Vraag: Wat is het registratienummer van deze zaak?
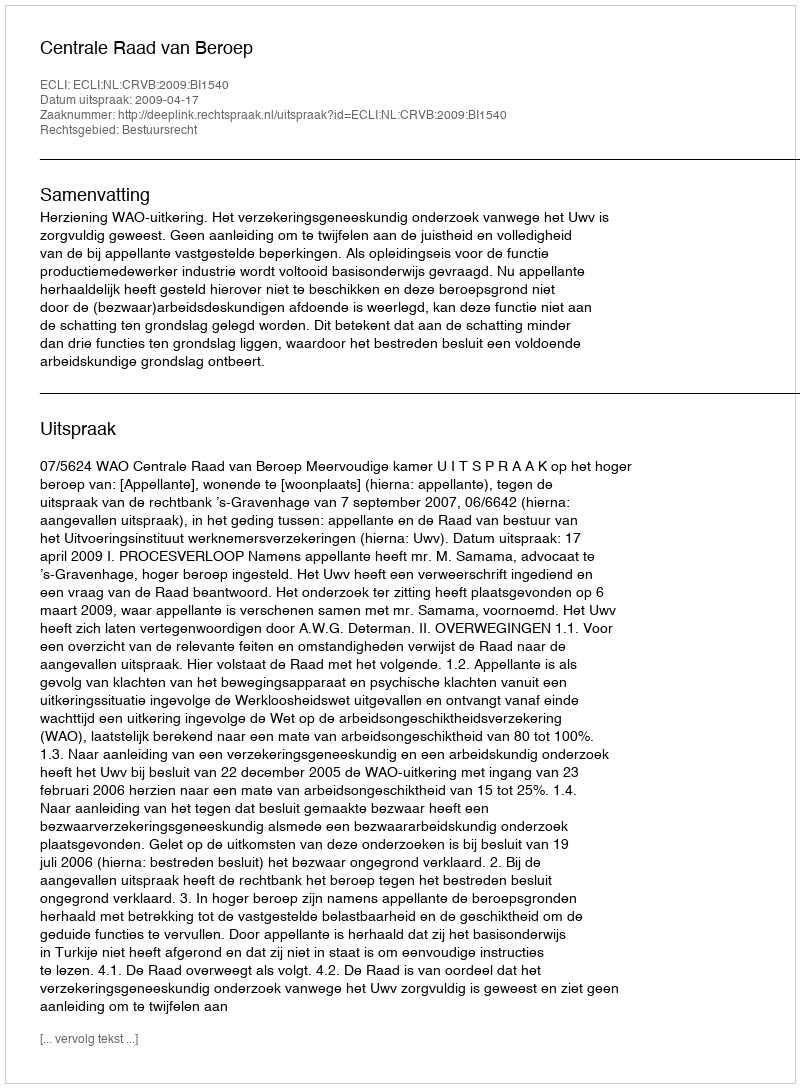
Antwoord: http://deeplink.rechtspraak.nl/uitspraak?id=ECLI:NL:CRVB:2009:BI1540